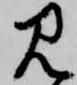
見